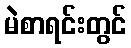
မဲစာရင်းတွင်